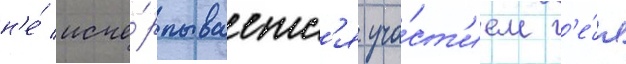
н'е́ исче́рпываетс'я уча́ст'ием г'е́я